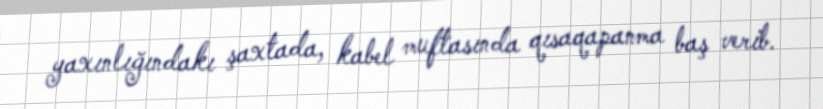
yaxınlığındakı şaxtada, kabel muftasında qısaqapanma baş verib.